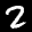
Label: 2